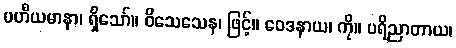
ပဟီယမာနာ၊ ရှိသော်။ ဝိသေသေန၊ ဖြင့်။ ဝေဒနာယ၊ ကို။ ပရိညာတာယ၊